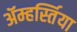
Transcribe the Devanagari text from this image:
ॲम्हर्स्तिया